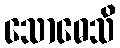
သောဓေသိ